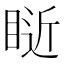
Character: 𥇐